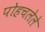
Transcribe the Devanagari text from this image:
पोहचलेले